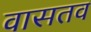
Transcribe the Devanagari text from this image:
वासतव